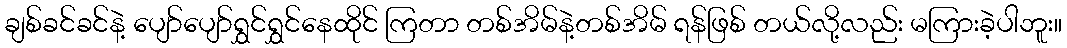
ချစ်ခင်ခင်နဲ့ ပျော်ပျော်ရွှင်ရွှင်နေထိုင် ကြတာ တစ်အိမ်နဲ့တစ်အိမ် ရန်ဖြစ် တယ်လို့လည်း မကြားခဲ့ပါဘူး။